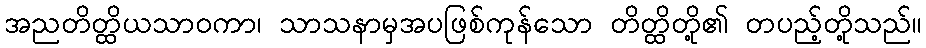
အညတိတ္ထိယသာဝကာ၊ သာသနာမှအပဖြစ်ကုန်သော တိတ္ထိတို့၏ တပည့်တို့သည်။